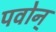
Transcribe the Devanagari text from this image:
पवोन्